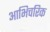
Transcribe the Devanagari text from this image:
आभिचरिक